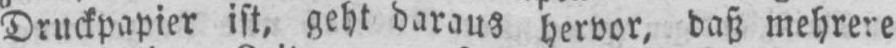
Druckpapier ist, geht daraus hervor, daß mehrere